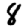
Digit: 8